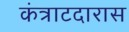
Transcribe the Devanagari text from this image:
कंत्राटदारास